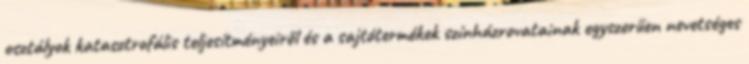
osztályok katasztrofális teljesítményeiről és a sajtótermékek színházrovatainak egyszerűen nevetséges